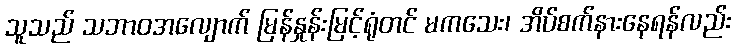
သူသည် သဘာဝအလျောက် မြန်နှုန်းမြင့်ရုံတင် မကသေး၊ အိပ်စက်နားနေရန်လည်း